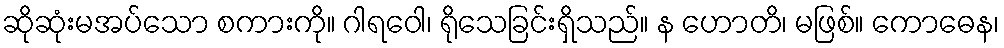
ဆိုဆုံးမအပ်သော စကားကို။ ဂါရဝေါ၊ ရိုသေခြင်းရှိသည်။ န ဟောတိ၊ မဖြစ်။ ကောဓေန၊